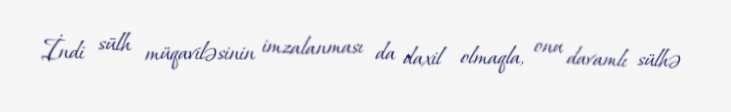
İndi sülh müqaviləsinin imzalanması da daxil olmaqla, onu davamlı sülhə